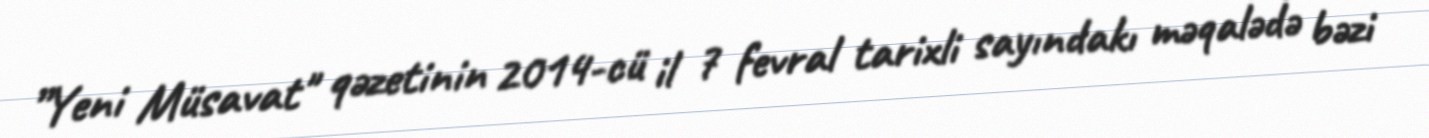
”Yeni Müsavat" qəzetinin 2014-cü il 7 fevral tarixli sayındakı məqalədə bəzi